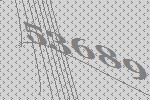
53689